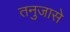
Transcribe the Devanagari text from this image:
तनुजासे